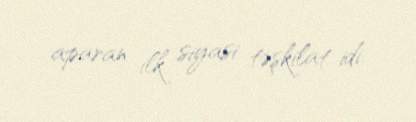
aparan ilk siyasi təşkilat idi.